Mental hospitals Bombay report 1921-28 - 1921-1928
Year: 1921
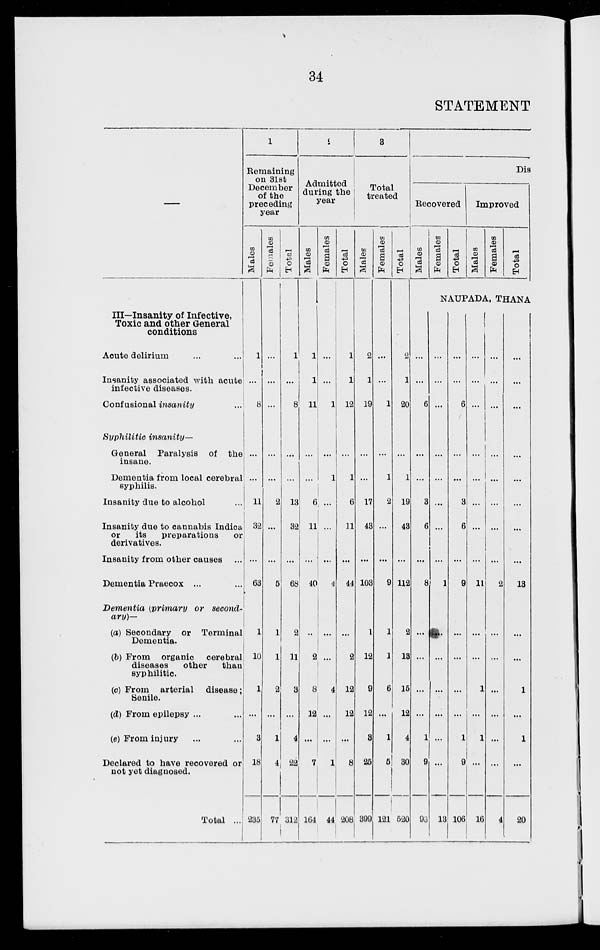
34
STATEMENT
—
III—Insanity of Infective,
Toxic and other General
conditions
Acute delirium ... ...
Insanity associated with acute
infective diseases.
Confusional insanity ...
Syphilitic insanity—
General Paralysis of the
insane.
Dementia from local cerebral
syphilis.
Insanity due to alcohol
...
Insanity due to cannabis Indica
or
its
preparations
or
derivatives.
Insanity from other causes ...
Dementia Praecox ... ...
Dementia (primary or second-
ary)—
(a) Secondary or Terminal
Dementia.
(b) From organic
cerebral
diseases
other
than
syphilitic.
(c) From arterial
disease ;
Senile.
(d) From epilepsy ... ...
(e) From injury ... ...
Declared to have recovered or
not yet diagnosed.
Total ...
1
Remaining
on 31st
December
of the
preceding
year
Males
1
...
8
...
...
11
32
...
63
1
10
1
...
3
18
235
Females
...
...
...
...
...
2
...
...
5
1
1
2
...
1
4
77
Total
1
...
8
...
...
13
32
...
68
2
11
3
...
4
22
312
2
Admitted
during the
year
Males
1
1
11
...
...
6
11
...
40
2
8
12
...
7
164
Females
...
...
1
...
1
...
...
...
4
...
...
4
...
...
1
44
Total
1
1
12
...
1
6
11
...
44
...
2
12
12
...
8
208
3
Total
treated
Males
2
1
19
...
...
17
43
...
103
1
12
9
12
3
25
399
Females
...
...
1
...
1
2
...
...
9
1
1
6
...
1
5
121
Total
2
1
20
...
1
19
43
...
112
2
13
15
12
4
30
520
Dis
Recovered
Males
Females
Total
Improved
Males
Females
Total
NAUPADA, THANA
...
...
6
...
...
3
6
...
8
...
...
...
...
1
9
93
...
...
...
...
...
...
...
...
1
...
...
...
...
...
...
13
...
...
6
...
...
3
6
...
9
...
...
...
...
1
9
106
...
...
...
...
...
...
...
...
11
...
...
1
...
1
...
16
...
...
...
...
...
...
...
...
2
...
...
...
...
...
...
4
...
...
...
...
...
...
...
...
13
...
...
1
...
1
...
20